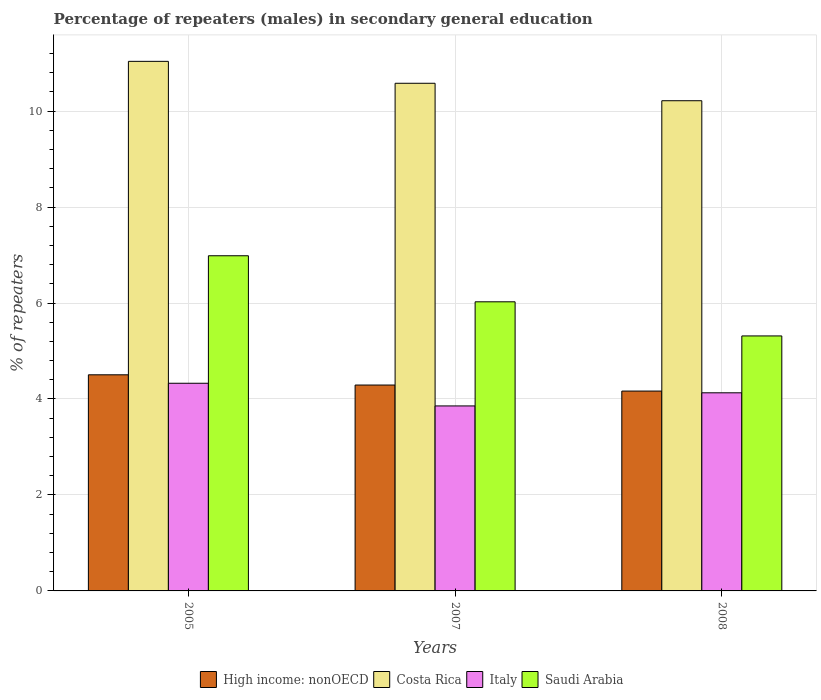
| Years | High income: nonOECD | Costa Rica | Italy | Saudi Arabia |
 | --- | --- | --- | --- | --- |
 | 2005 | 4.5 | 11 | 4.33 | 6.99 |
 | 2007 | 4.29 | 10.6 | 3.86 | 6.03 |
 | 2008 | 4.17 | 10.2 | 4.13 | 5.31 |